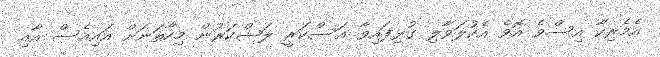
އެމެރިކާ އިސްވެ އޮވެ އެކުލަވާލި ގުޅިފައިވާ އަސްކަރީ ލަޝްކަރުން މިހާތަނަށް އައިއެސް އާއި